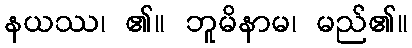
နယဿ၊ ၏။ ဘူမိနာမ၊ မည်၏။